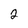
Character: 2